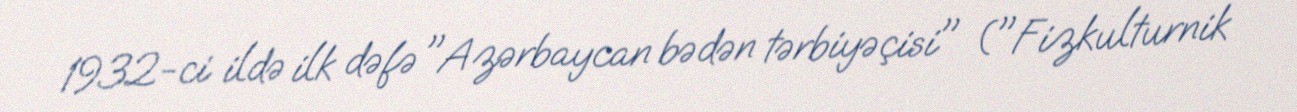
1932-ci ildə ilk dəfə "Azərbaycan bədən tərbiyəçisi" ("Fizkulturnik